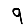
Digit: 9